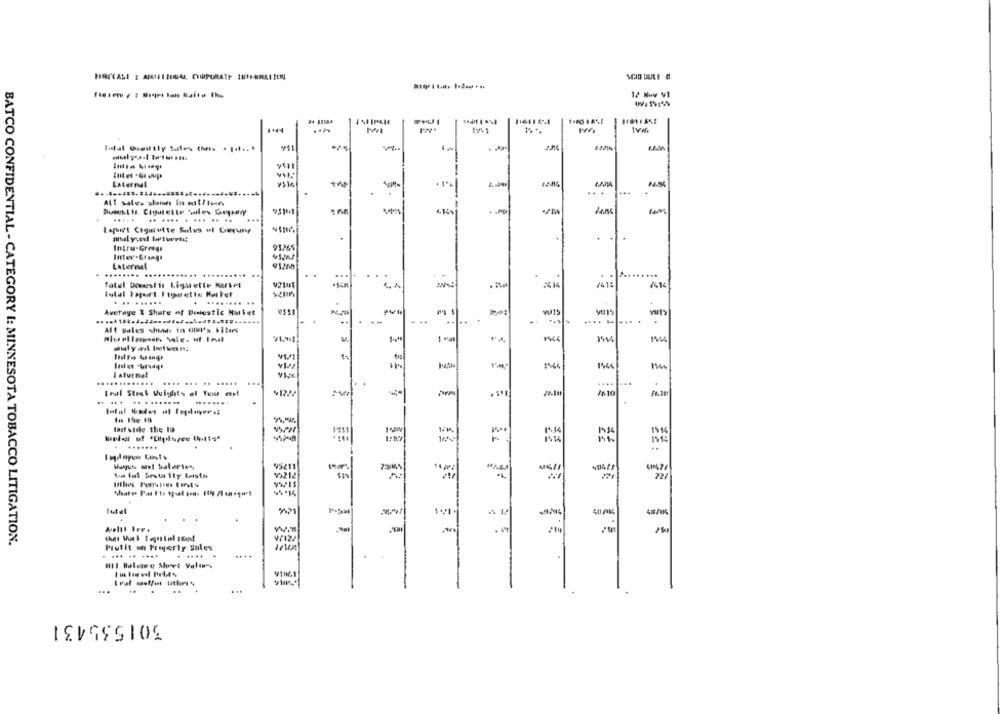
HRITALI : ARIENZOGAL CORPORATE INIERKAIICIN
14 Now VI
116116-1
1965
total Dittly Sales (her. · | ... .
v$1
Laterral
#456
...
...
..
... .... . ... .. ..
lapet Cigarette Silus ul Cooruse
Intru-Grasp
91.265
Inter-Lrany'
External
........ .
..
..
fotel Doweslis Ligstette Kartet
24 14
2414
. .. ......
. ........ ..
Average X Share of Domestic Mullet
V815
--
..
.
Alt pales shind: in God's bitess
1 .5
Intra Le
1544
1564
Intuimat
....
~1222
Fr.]
teal Strak Weights af Teu espi
..
... ..........
In the th
tast stile the 19
1544
1215
........
95211
447
La ial Security Lasth
V5212
total
9.21
4/12/
BATCO CONFIDENTIAL- CATEGORY I: MINNESOTA TOBACCO LITIGATION.
Putit on Properly Sales
.... .. ....
......
HI Haleme Set Value
...
301535431